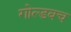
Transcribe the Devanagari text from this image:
गोल्डबच